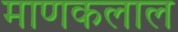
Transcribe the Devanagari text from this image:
माणकलाल